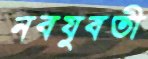
নবযুবতী